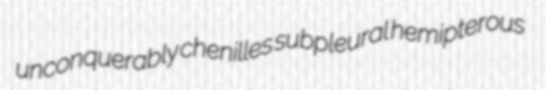
unconquerably chenilles subpleural hemipterous